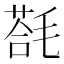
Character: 𣯈